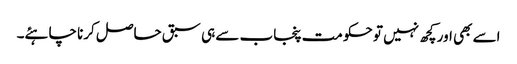
اسے بھی اور کچھ نہیں تو حکومت پنجاب سے ہی سبق حاصل کرنا چاہئے۔